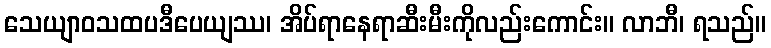
သေယျာဝသထပဒီပေယျဿ၊ အိပ်ရာနေရာဆီးမီးကိုလည်းကောင်း။ လာဘီ၊ ရသည်။